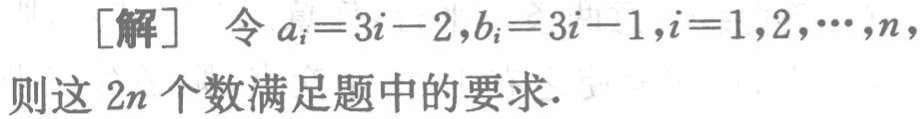
[解] 令 \(a_{i}=3i - 2,b_{i}=3i - 1,i = 1,2,\cdots,n\)，

则这 \(2n\) 个数满足题中的要求.